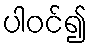
ပါဝင်၍